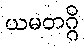
ယမတဂ္ဂိ